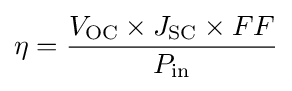
\eta ={\frac {V_{\text{OC}}\times J_{\text{SC}}\times FF}{P_{\text{in}}}}